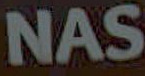
NAS